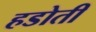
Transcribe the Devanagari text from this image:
हडोती